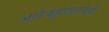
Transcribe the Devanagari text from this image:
अलेक्झांडरनेही